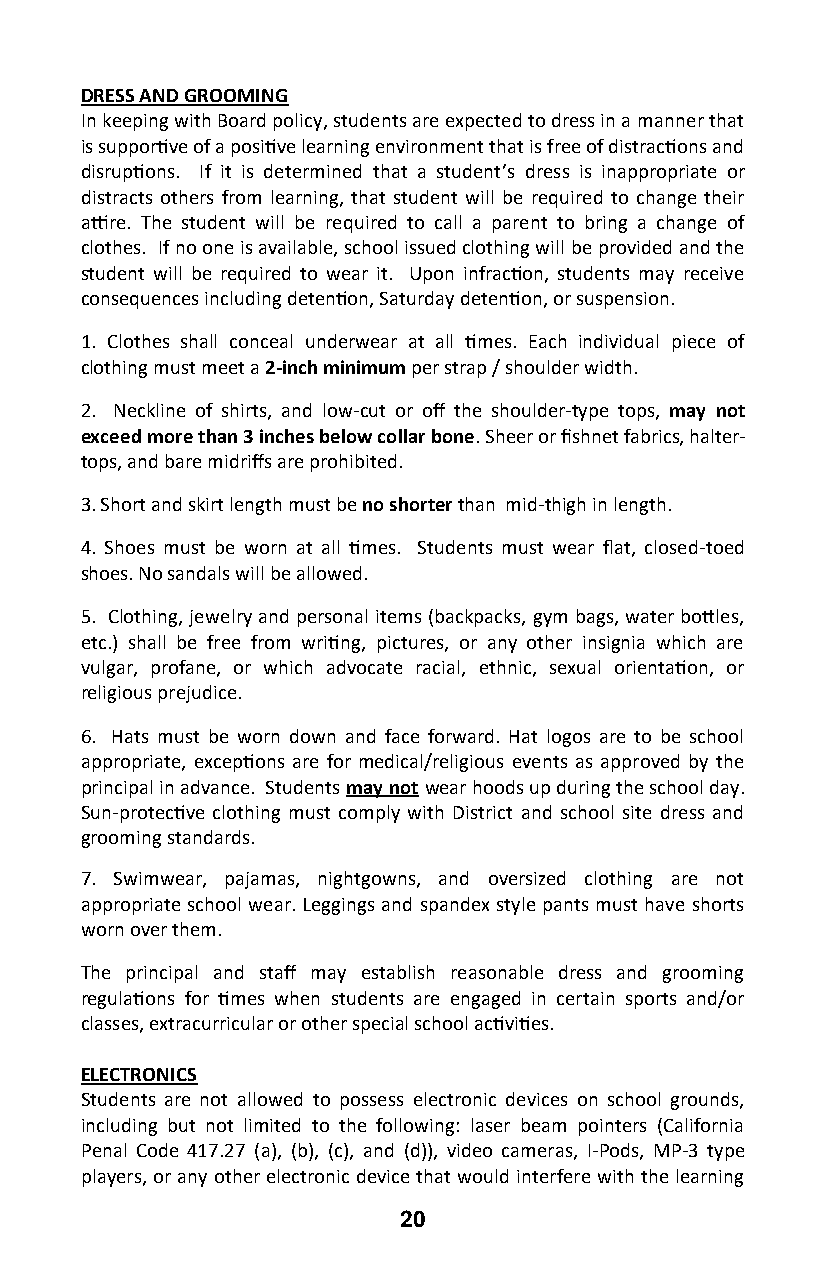
DRESS AND GROOMING
 In keeping with Board policy, students are expected to dress in a manner that
 is supportive of a positive learning environment that is free of distractions and
 disruptions. If it is determined that a student’s dress is inappropriate or
 distracts others from learning, that student will be required to change their
 attire. The student will be required to call a parent to bring a change of
 clothes. If no one is available, school issued clothing will be provided and the
 student will be required to wear it. Upon infraction, students may receive
 consequences including detention, Saturday detention, or suspension.
 1. Clothes shall conceal underwear at all times. Each individual piece of
 clothing must meet a 2-inch minimum per strap / shoulder width.
 2. Neckline of shirts, and low-cut or off the shoulder-type tops, may not
 exceed more than 3 inches below collar bone. Sheer or fishnet fabrics, halter-
 tops, and bare midriffs are prohibited.
 3. Short and skirt length must be no shorter than mid-thigh in length.
 4. Shoes must be worn at all times. Students must wear flat, closed-toed
 shoes. No sandals will be allowed.
 5. Clothing, jewelry and personal items (backpacks, gym bags, water bottles,
 etc.) shall be free from writing, pictures, or any other insignia which are
 vulgar, profane, or which advocate racial, ethnic, sexual orientation, or
 religious prejudice.
 6. Hats must be worn down and face forward. Hat logos are to be school
 appropriate, exceptions are for medical/religious events as approved by the
 principal in advance. Students may not wear hoods up during the school day.
 Sun-protective clothing must comply with District and school site dress and
 grooming standards.
 7. Swimwear, pajamas, nightgowns, and oversized clothing are not
 appropriate school wear. Leggings and spandex style pants must have shorts
 worn over them.
 The principal and staff may establish reasonable dress and grooming
 regulations for times when students are engaged in certain sports and/or
 classes, extracurricular or other special school activities.
 ELECTRONICS
 Students are not allowed to possess electronic devices on school grounds,
 including but not limited to the following: laser beam pointers (California
 Penal Code 417.27 (a), (b), (c), and (d)), video cameras, I-Pods, MP-3 type
 players, or any other electronic device that would interfere with the learning
 20